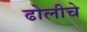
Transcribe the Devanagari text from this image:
ढोलीचे